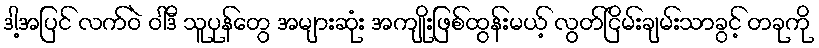
ဒါ့အပြင် လက်ဝဲ ဝါဒီ သူပုန်တွေ အများဆုံး အကျိုးဖြစ်ထွန်းမယ့် လွတ်ငြိမ်းချမ်းသာခွင့် တခုကို